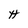
Character: H